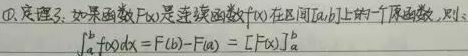
\textcircled{1}. 定理3：如果函数 \(F(x)\) 是连续函数 \(f(x)\) 在区间 \([a,b]\) 上的一个原函数，则：
\[
\int_{a}^{b}f(x)dx = F(b)-F(a)=[F(x)]_{a}^{b}
\]